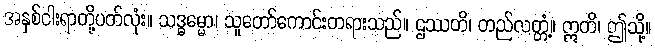
အနှစ်ငါးရာတို့ပတ်လုံး။ သဒ္ဓမ္မော၊ သူတော်ကောင်းတရားသည်။ ဌဿတိ၊ တည်လတ္တံ့။ ဣတိ၊ ဤသို့။